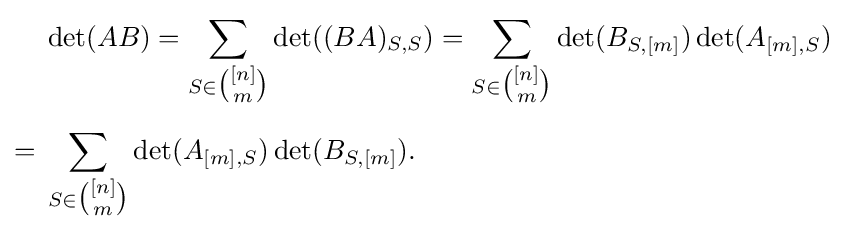
{\begin{aligned}&\det(AB)=\sum _{S\in {\tbinom {[n]}{m}}}\det((BA)_{S,S})=\sum _{S\in {\tbinom {[n]}{m}}}\det(B_{S,[m]})\det(A_{[m],S})\\[5pt]={}&\sum _{S\in {\tbinom {[n]}{m}}}\det(A_{[m],S})\det(B_{S,[m]}).\end{aligned}}